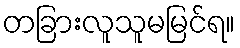
တခြားလူသူမမြင်ရ။